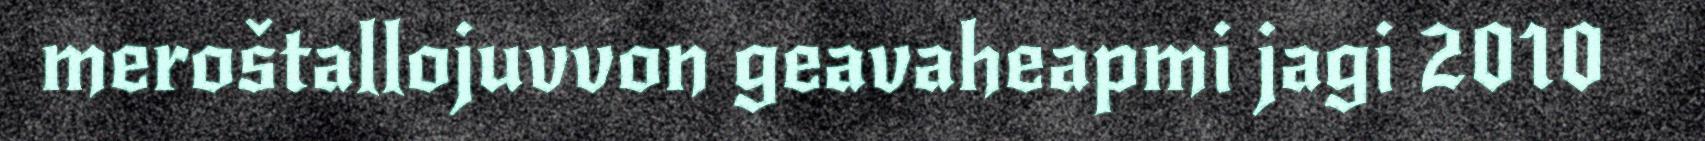
meroštallojuvvon geavaheapmi jagi 2010